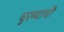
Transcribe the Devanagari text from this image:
चुरम्याची